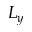
L _ { y }